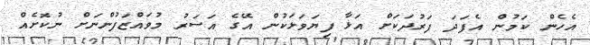
އެހެން ކަމުން އެފަދަ ފަރުދަކަށް އަޅާ ފިޔަވަޅަކުން އޭގެ އަސަރު މުވައްޒަފުންނަށް ނުކޮށެއް